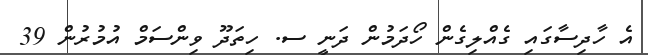
އެ ހާދިސާގައި ގެއްލިގެން ހޯދަމުން ދަނީ ސ. ހިތަދޫ ވިންސަމް އުމުރުން 39